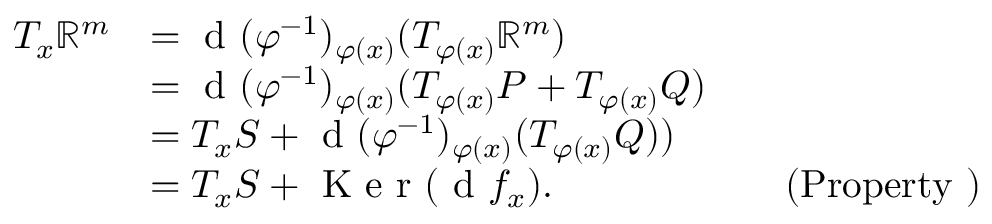
\begin{array} { r l r l } { T _ { x } \mathbb { R } ^ { m } } & { = \textrm { d } ( \varphi ^ { - 1 } ) _ { \varphi ( x ) } ( T _ { \varphi ( x ) } \mathbb { R } ^ { m } ) } \\ & { = \textrm { d } ( \varphi ^ { - 1 } ) _ { \varphi ( x ) } ( T _ { \varphi ( x ) } P + T _ { \varphi ( x ) } Q ) } \\ & { = T _ { x } S + \textrm { d } ( \varphi ^ { - 1 } ) _ { \varphi ( x ) } ( T _ { \varphi ( x ) } Q ) ) } \\ & { = T _ { x } S + \textrm { K e r } ( \textrm { d } f _ { x } ) . } & & { \mathrm { ( P r o p e r t y ~ ) } } \end{array}